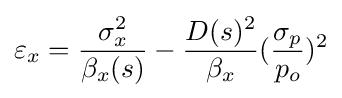
\varepsilon _{x}={\frac {\sigma _{x}^{2}}{\beta _{x}(s)}}-{\frac {D(s)^{2}}{\beta _{x}}}({\frac {\sigma _{p}}{p_{o}}})^{2}